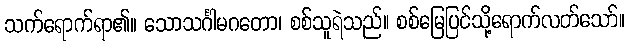
သက်ရောက်ရာ၏။ သောသင်္ဂါမဂတော၊ စစ်သူရဲသည်။ စစ်မြေပြင်သို့ရောက်လတ်သော်။